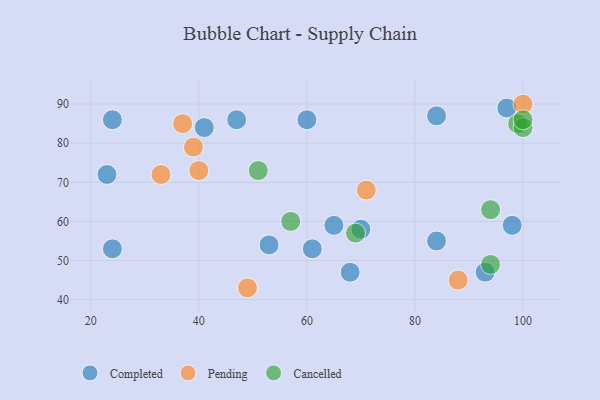
{"axis": {"x": "GDP", "y": "Life Expectancy"}, "legend": ["Cancelled", "Completed", "Pending"], "data": [{"x": "84", "y": 87, "type": "Completed"}, {"x": "41", "y": 84, "type": "Completed"}, {"x": "97", "y": 89, "type": "Completed"}, {"x": "68", "y": 47, "type": "Completed"}, {"x": "24", "y": 86, "type": "Completed"}, {"x": "61", "y": 53, "type": "Completed"}, {"x": "98", "y": 59, "type": "Completed"}, {"x": "84", "y": 55, "type": "Completed"}, {"x": "47", "y": 86, "type": "Completed"}, {"x": "53", "y": 54, "type": "Completed"}, {"x": "23", "y": 72, "type": "Completed"}, {"x": "93", "y": 47, "type": "Completed"}, {"x": "65", "y": 59, "type": "Completed"}, {"x": "70", "y": 58, "type": "Completed"}, {"x": "60", "y": 86, "type": "Completed"}, {"x": "24", "y": 53, "type": "Completed"}, {"x": "33", "y": 72, "type": "Pending"}, {"x": "88", "y": 45, "type": "Pending"}, {"x": "39", "y": 79, "type": "Pending"}, {"x": "71", "y": 68, "type": "Pending"}, {"x": "49", "y": 43, "type": "Pending"}, {"x": "40", "y": 73, "type": "Pending"}, {"x": "100", "y": 90, "type": "Pending"}, {"x": "37", "y": 85, "type": "Pending"}, {"x": "57", "y": 60, "type": "Cancelled"}, {"x": "69", "y": 57, "type": "Cancelled"}, {"x": "94", "y": 63, "type": "Cancelled"}, {"x": "99", "y": 85, "type": "Cancelled"}, {"x": "94", "y": 49, "type": "Cancelled"}, {"x": "100", "y": 84, "type": "Cancelled"}, {"x": "51", "y": 73, "type": "Cancelled"}, {"x": "100", "y": 86, "type": "Cancelled"}]}